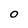
Character: O